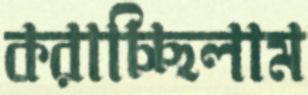
করাচ্ছিলাম